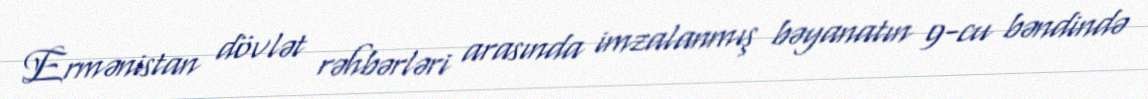
Ermənistan dövlət rəhbərləri arasında imzalanmış bəyanatın 9-cu bəndində